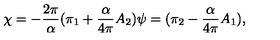
\chi = - \frac { 2 \pi } { \alpha } ( \pi _ { 1 } + \frac { \alpha } { 4 \pi } A _ { 2 } ) \psi = ( \pi _ { 2 } - \frac { \alpha } { 4 \pi } A _ { 1 } ) ,